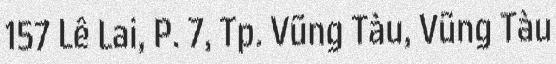
157 Lê Lai, P. 7, Tp. Vũng Tàu, Vũng Tàu